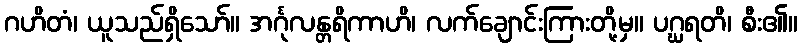
ဂဟိတံ၊ ယူသည်ရှိသော်။ အင်္ဂုလန္တရိကာဟိ၊ လက်ချောင်းကြားတို့မှ။ ပဂ္ဃရတိ၊ စီး၏။